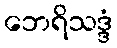
ဘေရိသဒ္ဒံ